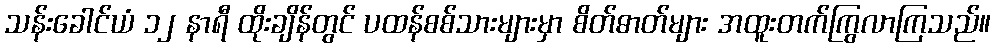
သန်းခေါင်ယံ ၁၂ နာရီ ထိုးချိန်တွင် ပထန်စစ်သားများမှာ စိတ်ဓာတ်များ အထူးတက်ကြွလာကြသည်။